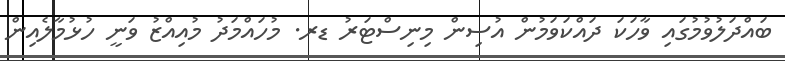
ބައްދަލުވުމުގައި ވާހަކަ ދައްކަވަމުން އުސިން މިނިސްޓަރު ޑރ. މުހައްމަދު މުއިއްޒު ވަނީ ހުޅުމާލެއިން